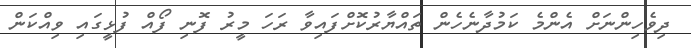
ދިވެހިންނަށް އެންމެ ކަމުދާނެހެން ތައްޔާރުކޮށްފައިވާ ރަހަ މީރު ފޮނި ފޯއް ފުޅީގައި ވިއްކަން